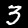
Label: 3